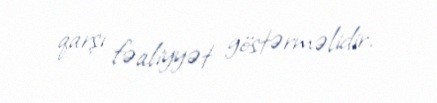
qarşı fəaliyyət göstərməlidir.